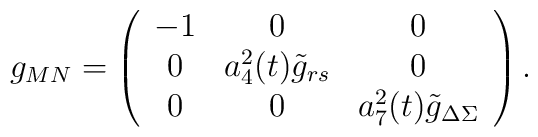
g_{MN}=\left(\begin{array}{ccc}        -1&0&0\\        0 & a_4^2(t){\tilde g}_{rs}&0\\        0 & 0 & a_7^2(t){\tilde {g}}_{\Delta\Sigma}        \end{array}\right).